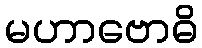
မဟာဗောဓိ